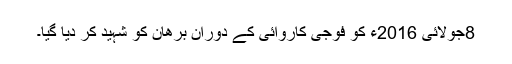
8جولائی 2016ء کو فوجی کاروائی کے دوران برھان کو شہید کر دیا گیا۔